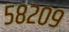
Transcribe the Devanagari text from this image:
५८२०९